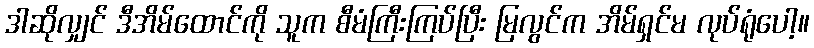
ဒါဆိုလျှင် ဒီအိမ်ထောင်ကို သူက စီမံကြီးကြပ်ပြီး မြလွင်က အိမ်ရှင်မ လုပ်ရုံပေါ့။